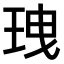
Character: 𤤺